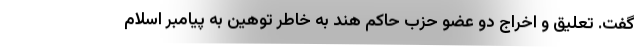
گفت. تعلیق و اخراج دو عضو حزب حاکم هند به خاطر توهین به پیامبر اسلام